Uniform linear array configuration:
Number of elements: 4
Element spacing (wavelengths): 1
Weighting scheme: exponential
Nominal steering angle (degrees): -60
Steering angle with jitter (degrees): -61.041
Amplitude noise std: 0.05
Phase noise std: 0.05

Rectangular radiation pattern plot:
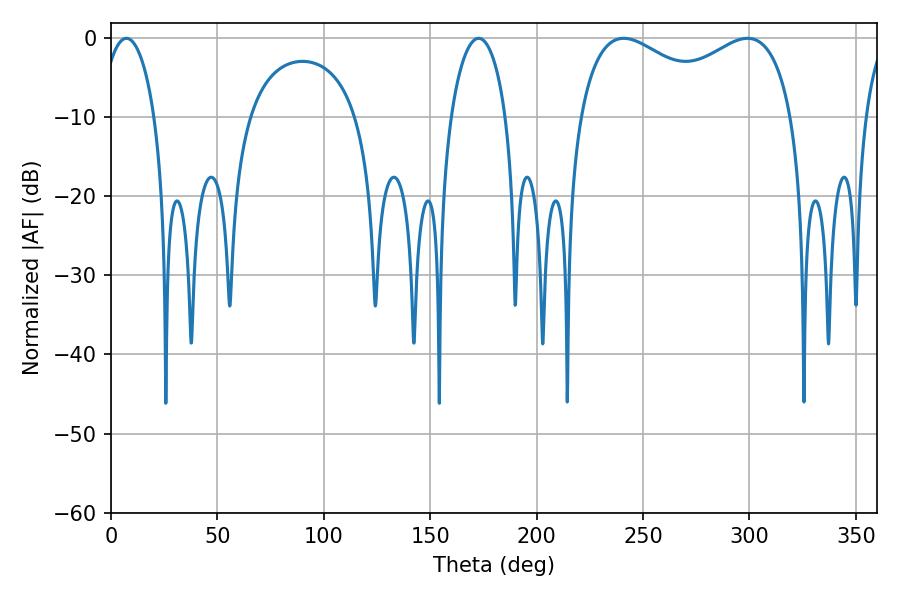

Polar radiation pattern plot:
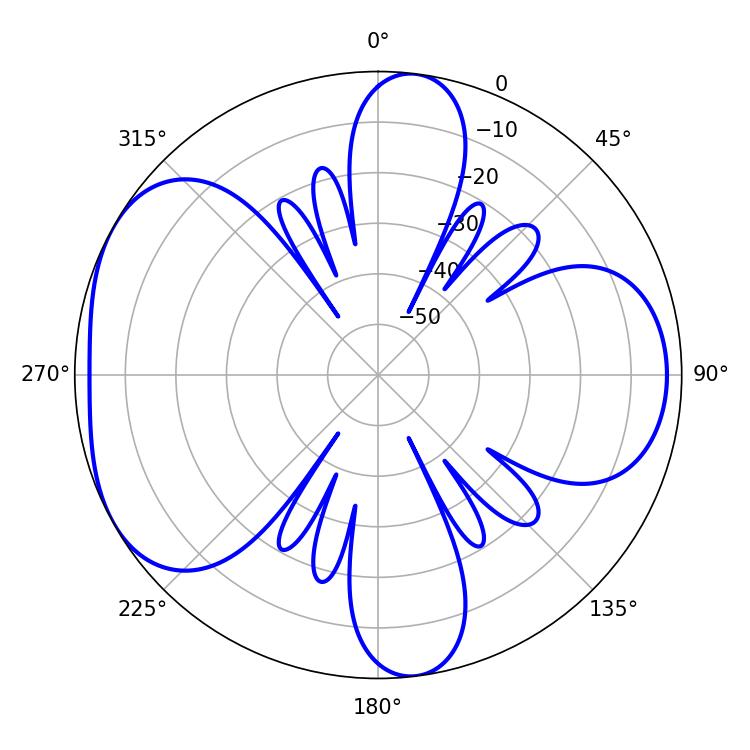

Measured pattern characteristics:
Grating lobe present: TRUE
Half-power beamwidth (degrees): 83.52
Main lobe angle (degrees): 240.84